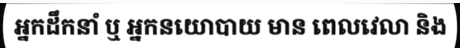
អ្នកដឹកនាំ ឬ អ្នកនយោបាយ មាន ពេលវេលា និង